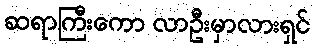
ဆရာကြီးကော လာဦးမှာလားရှင်